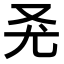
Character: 𠬭